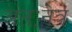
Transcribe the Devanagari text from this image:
अंतःनेत्र